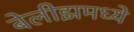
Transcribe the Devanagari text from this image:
बेलीझमध्ये